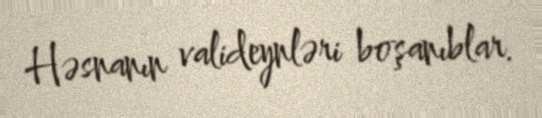
Həsnanın valideynləri boşanıblar.